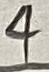
Text: 4